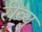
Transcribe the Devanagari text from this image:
रीव्यु